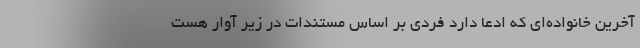
آخرین خانواده‌ای که ادعا دارد فردی بر اساس مستندات در زیر آوار هست